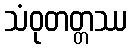
သံဝုတတ္တဿ